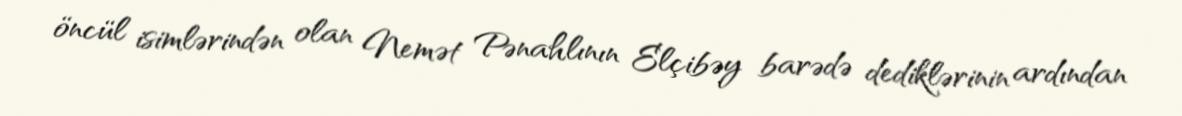
öncül isimlərindən olan Nemət Pənahlının Elçibəy barədə dediklərinin ardından